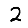
Digit: 2